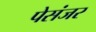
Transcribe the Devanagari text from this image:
पेसंजर